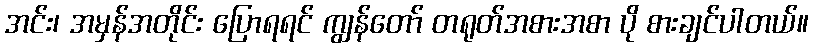
အင်း၊ အမှန်အတိုင်း ပြောရရင် ကျွန်တော် တရုတ်အစားအစာ ပို စားချင်ပါတယ်။